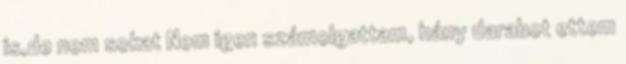
is,de nem sokat Nem igen számolgattam, hány darabot ettem